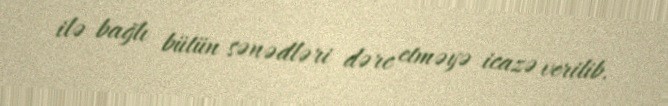
ilə bağlı bütün sənədləri dərc etməyə icazə verilib.